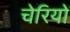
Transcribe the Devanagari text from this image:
चेरियों